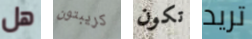
هل كريبتون تكون تريد